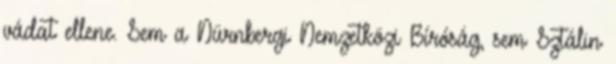
vádat ellene. Sem a Nürnbergi Nemzetközi Bíróság, sem Sztálin